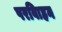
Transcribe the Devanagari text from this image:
परविाहन